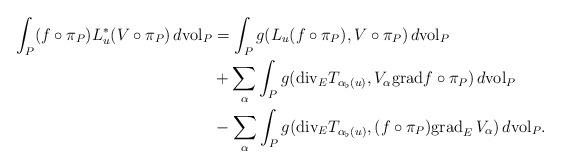
LaTeX: \begin{align*}\int_P (f\circ\pi_P)L_u^{\ast}(V\circ\pi_P)\,d{\rm vol}_P &=\int_P g(L_u(f\circ\pi_P),V\circ\pi_P)\,d{\rm vol}_P\\&+\sum_{\alpha}\int_P g({\rm div}_E T_{\alpha_{\flat}(u)},V_{\alpha}{\rm grad} f\circ\pi_P)\,d{\rm vol}_P\\&-\sum_{\alpha}\int_P g({\rm div}_E T_{\alpha_{\flat}(u)},(f\circ\pi_P){\rm grad}_E\, V_{\alpha})\,d{\rm vol}_P.\end{align*}